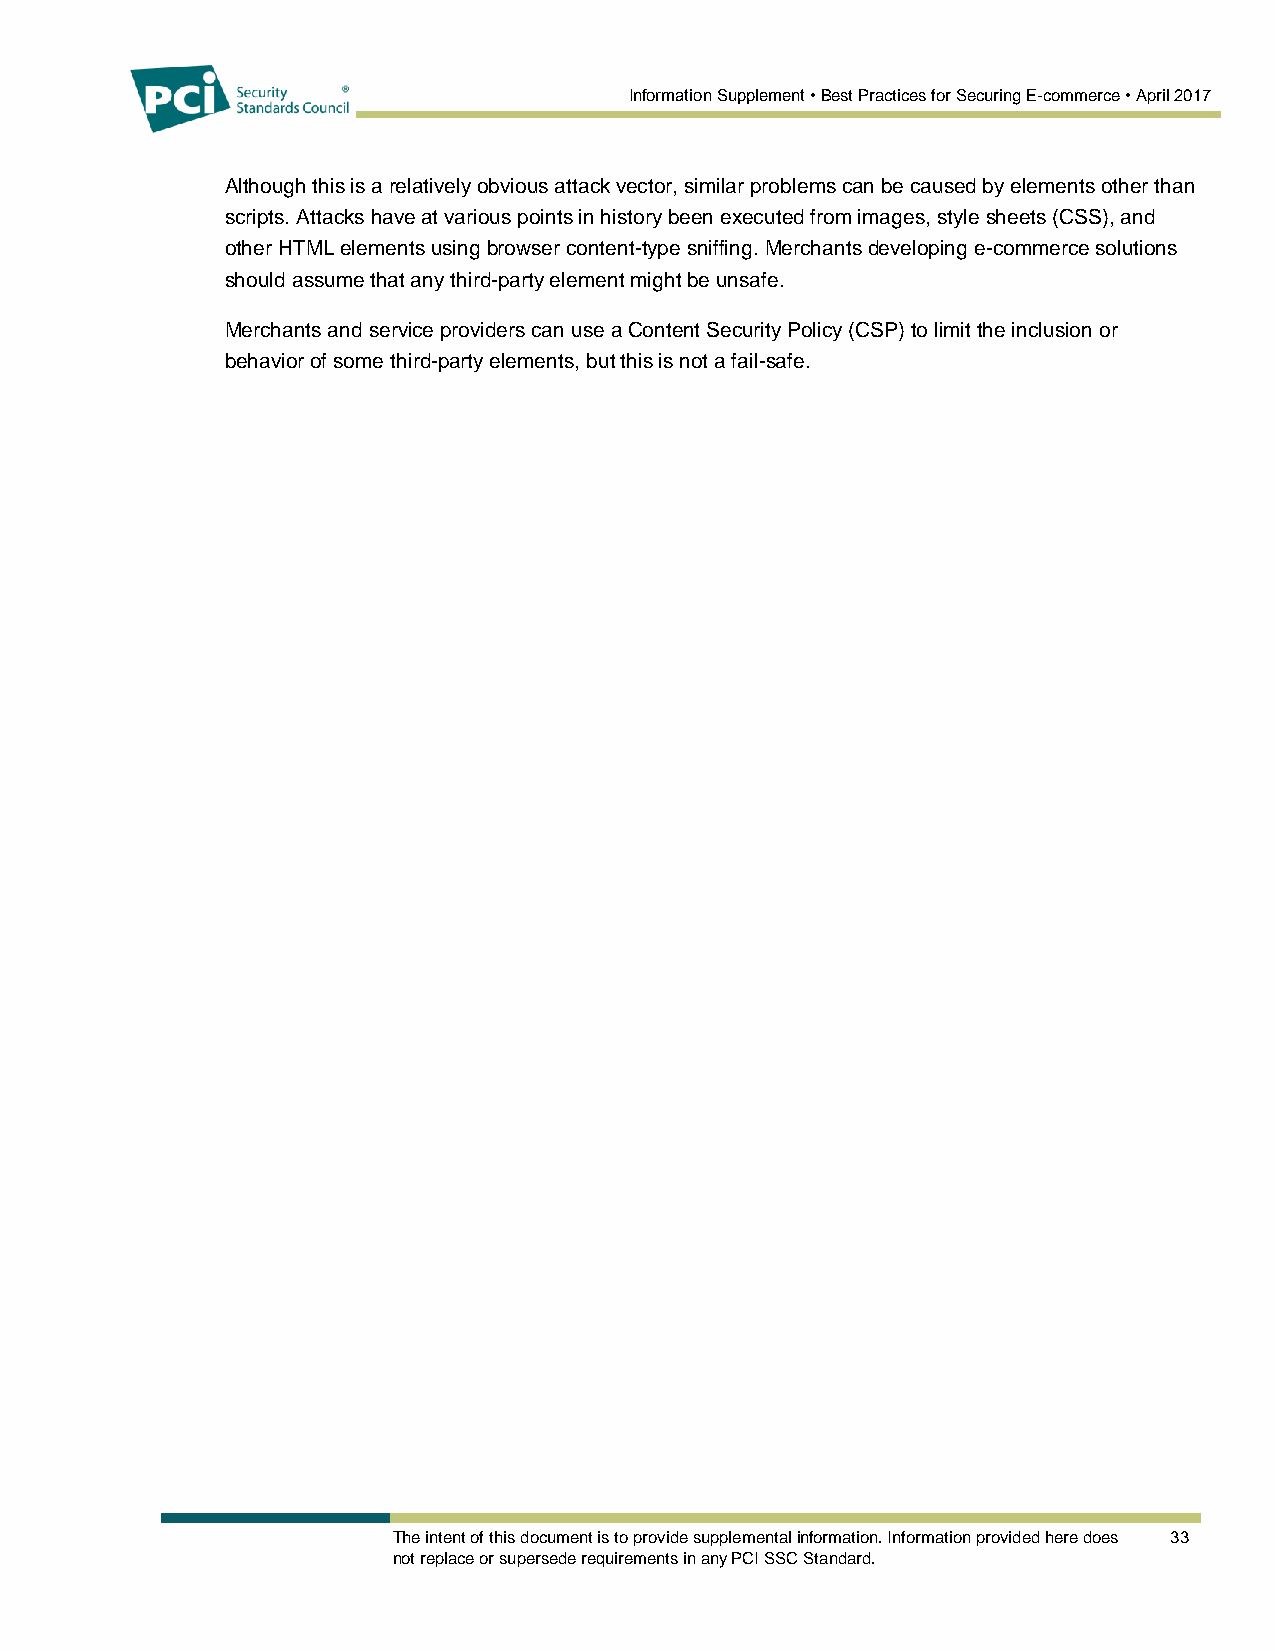
Information Supplement • Best Practices for Securing E-commerce • April 2017
 Although this is a relatively obvious attack vector, similar problems can be caused by elements other than
 scripts. Attacks have at various points in history been executed from images, style sheets (CSS), and
 other HTML elements using browser content-type sniffing. Merchants developing e-commerce solutions
 should assume that any third-party element might be unsafe.
 Merchants and service providers can use a Content Security Policy (CSP) to limit the inclusion or
 behavior of some third-party elements, but this is not a fail-safe.
 The intent of this document is to provide supplemental information. Information provided here does 33
 not replace or supersede requirements in any PCI SSC Standard.